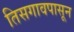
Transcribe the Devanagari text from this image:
तिसगावपासून